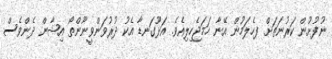
ނުފުށުން ކަރުނަތަށް ފހެލަމުން އޭނާ ހަމަޖެހިލިއެވެ. އަޅޫގަނޑާ އެކު ދުރުވަންވީނޫންތޯ އިޝާން ދެންވެސް